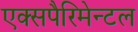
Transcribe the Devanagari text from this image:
एक्सपैरिमेन्टल